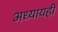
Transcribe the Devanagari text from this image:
अध्यायही